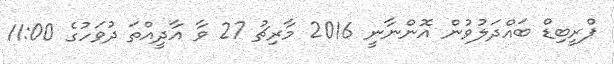
ޕްރީބިޑް ބައްދަލުވުން އޮންނާނީ 2016 މާރިޗު 27 ވާ އާދީއްތަ ދުވަހުގެ 11:00